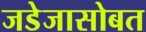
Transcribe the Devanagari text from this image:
जडेजासोबत